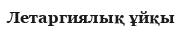
Летаргиялық ұйқы